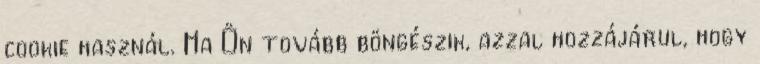
cookie használ. Ha Ön tovább böngészik, azzal hozzájárul, hogy